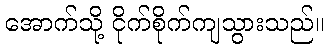
အောက်သို့ ငိုက်စိုက်ကျသွားသည်။